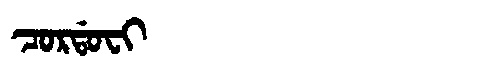
Manchu: ᠴᠣᡵᡩᠣᠸᡳ
Romanization: CORDOFI